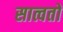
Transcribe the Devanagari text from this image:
सात्वतों